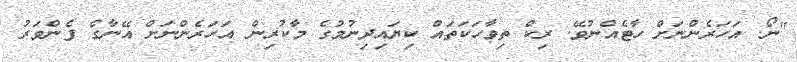
"ނޯ. އަހަރެންނަށް ހާޓެއްނުވޭ. ރިކް ތިވާހަކަތައް ކިޔައިދިނުމުގެ މާކުރިން އަހަރެންނަށް އޭނާގެ ފެންވަރު